Treatise on elephants
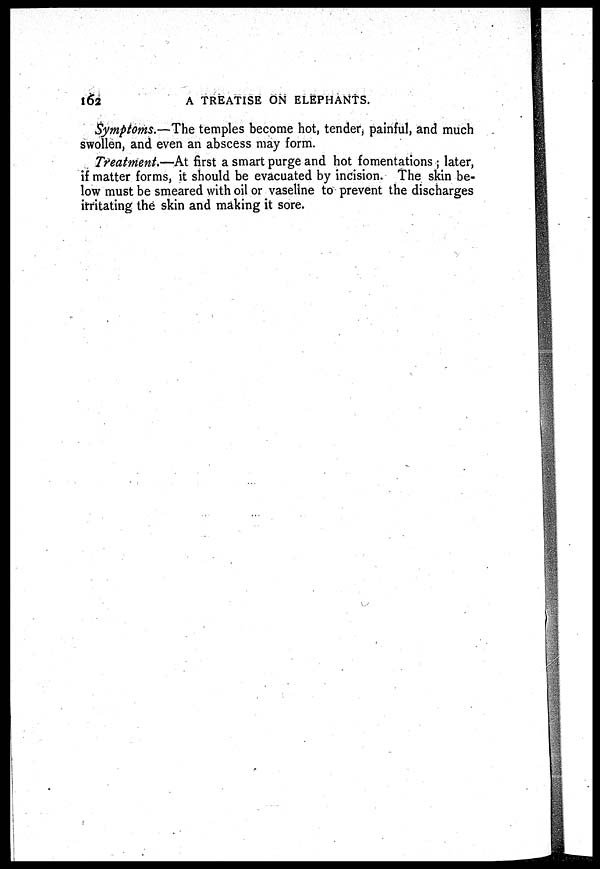
162
A TREATISE ON ELEPHANTS.
Symptoms.—The temples become hot, tender, painful, and much
swollen, and even an abscess may form.
Treatment.—At first a smart purge and hot fomentations ; later,
if matter forms, it should be evacuated by incision. The skin be-
low must be smeared with oil or vaseline to prevent the discharges
irritating the skin and making it sore.